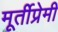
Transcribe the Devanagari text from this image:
मूर्तीप्रेमी